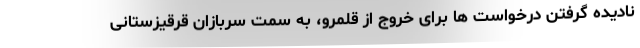
نادیده گرفتن درخواست ها برای خروج از قلمرو، به سمت سربازان قرقیزستانی